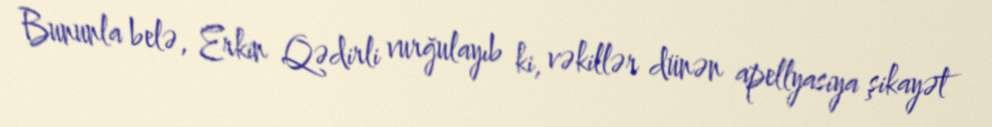
Bununla belə, Erkin Qədirli vurğulayıb ki, vəkillər dünən apellyasiya şikayət